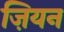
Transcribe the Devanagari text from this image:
ज़ियन